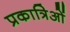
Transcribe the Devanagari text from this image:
प्रकात्रिओं